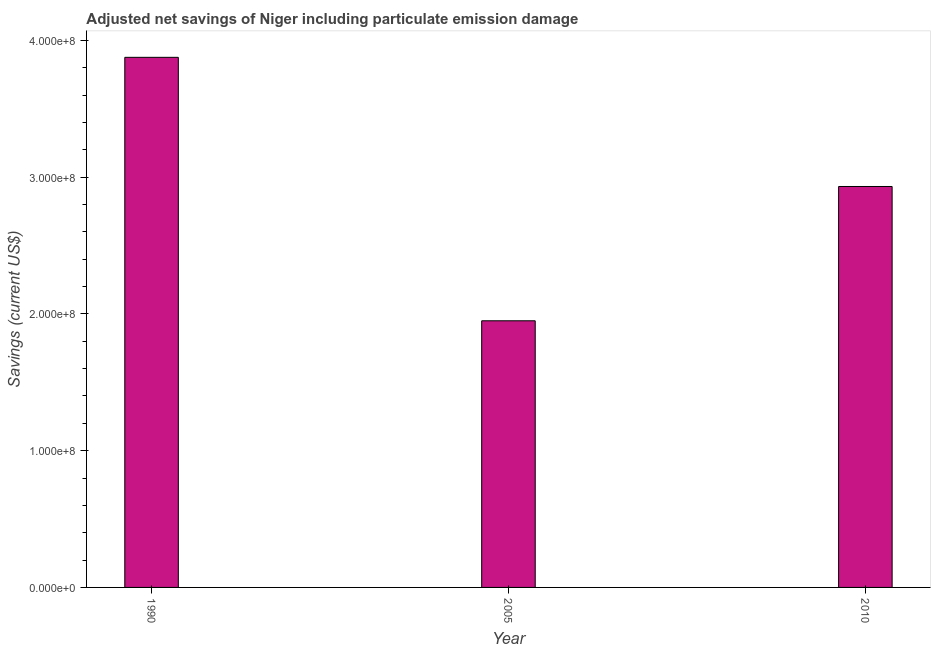
| Year | Adjusted savings: particulate emission damage (current US$) |
 | --- | --- |
 | 1990 | 3.88e+08 |
 | 2005 | 1.95e+08 |
 | 2010 | 2.93e+08 |